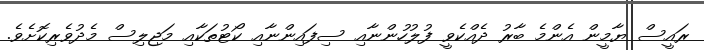
ރައީސް ޔާމީން އެންމެ ބާރު ދެއްކެވީ ފުލުހުންނާއި ސިފައިންނާއި ކޯޓުތަކާއި މަޖިލިސް މެދުވެރިކޮށެވެ.